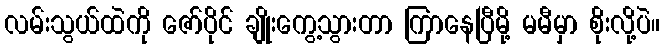
လမ်းသွယ်ထဲကို ဇော်ပိုင် ချိုးကွေ့သွားတာ ကြာနေပြီမို့ မမီမှာ စိုးလို့ပဲ။